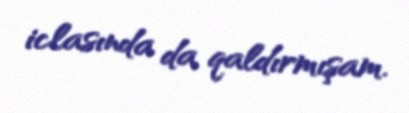
iclasında da qaldırmışam.